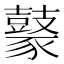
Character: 𪔟